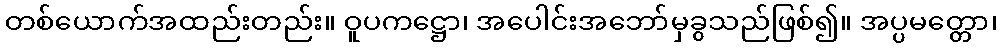
တစ်ယောက်အထည်းတည်း။ ဝူပကဋ္ဌော၊ အပေါင်းအဘော်မှခွသည်ဖြစ်၍။ အပ္ပမတ္တော၊